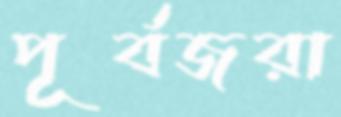
পূর্বজরা